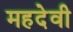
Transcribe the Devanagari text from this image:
महदेवी